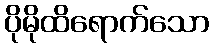
ပိုမိုထိရောက်သော